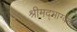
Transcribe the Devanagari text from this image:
श्रीमद्भाग्वता